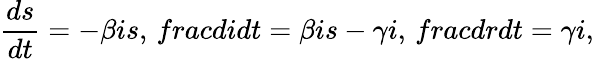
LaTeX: \frac{ds}{dt}=-\beta is,\, frac{di}{dt}=\beta is-\gamma i,\, frac{dr}{dt}=\gamma i,